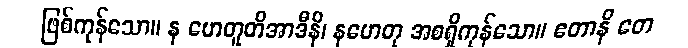
ဖြစ်ကုန်သော။ န ဟေတူတိအာဒီနိ၊ နဟေတု အစရှိကုန်သော။ ဧတာနိ တေ